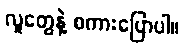
လူတွေနဲ့ စကားပြောပါ။